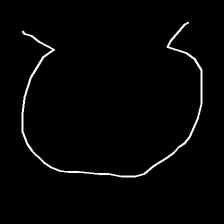
Glyph: weave